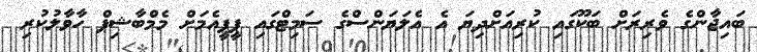
ބައިޖާންގެ ވެރިރަށް ބަކޫގައި ކުރިއަށްދިޔަ އެ އެލަޔަންސްގެ ސަމިޓްގައި ޕީޕީއެމަށް މެމްބާޝިޕް ހާވާލުކުރި